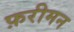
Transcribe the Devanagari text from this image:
फ़रीमन